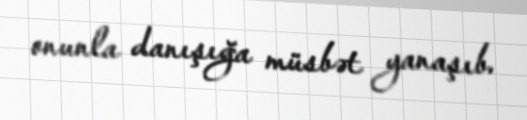
onunla danışığa müsbət yanaşıb.